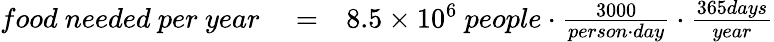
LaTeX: \begin{array}{rlr}{food~needed~per~year}&{{}=}&{8.5\times 10^{6}~people\cdot\frac{3000}{person\cdot day}\cdot\frac{365days}{year}}\end{array}